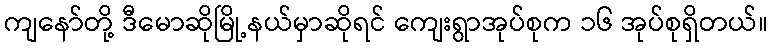
ကျနော်တို့ ဒီမောဆိုမြို့နယ်မှာဆိုရင် ကျေးရွာအုပ်စုက ၁၆ အုပ်စုရှိတယ်။